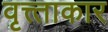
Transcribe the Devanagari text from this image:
वृत्त्ताकार